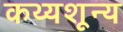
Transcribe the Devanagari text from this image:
कथ्यशून्य